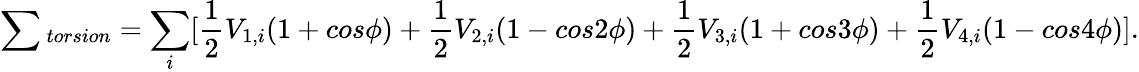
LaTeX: \sum{_{torsion}}=\sum_{i}[\frac{1}{2}V_{1,i}(1+cos\phi)+\frac{1}{2}V_{2,i}(1-cos2\phi)+\frac{1}{2}V_{3,i}(1+cos3\phi)+\frac{1}{2}V_{4,i}(1-cos4\phi)].